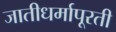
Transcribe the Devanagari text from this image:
जातीधर्मापूरती